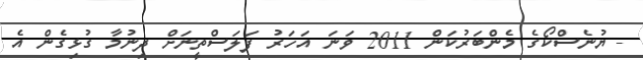
- ޔުނެސްކޯގެ މެންބަރުކަން 2011 ވަނަ އަހަރު ފަލަސްތީނަށް ދިނުމާ ގުޅިގެން އެ